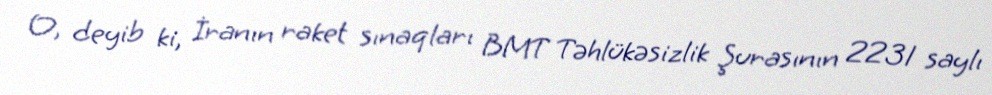
O, deyib ki, İranın raket sınaqları BMT Təhlükəsizlik Şurasının 2231 saylı